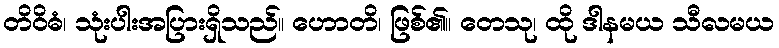
တိဝိဓံ၊ သုံးပါးအပြားရှိသည်။ ဟောတိ၊ ဖြစ်၏။ တေသု၊ ထို ဒါနမယ သီလမယ